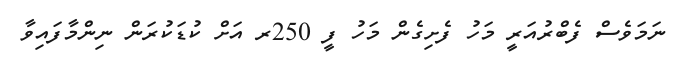
ނަމަވެސް ފެބްރުއަރީ މަހު ފެށިގެން މަހު ފީ 250ރ އަށް ކުޑަކުރަން ނިންމާފައިވާ